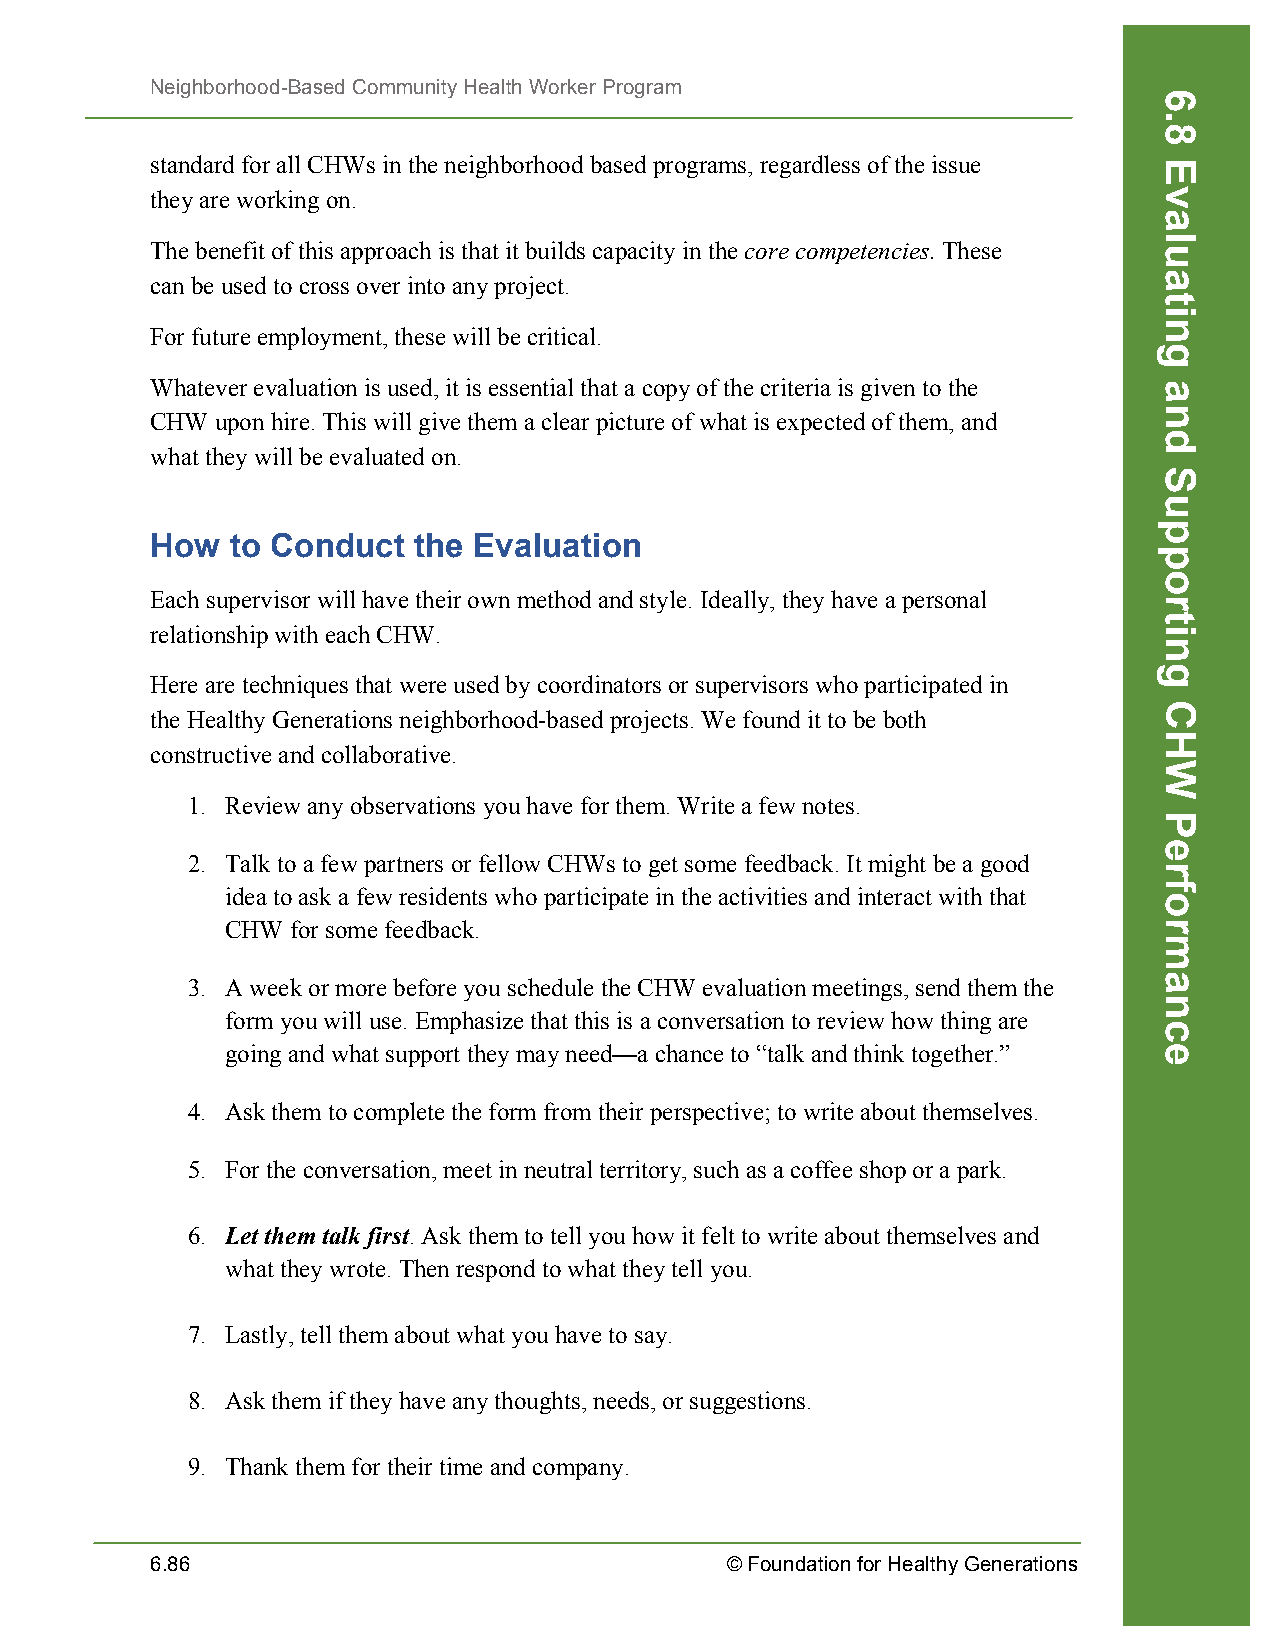
Neighborhood-Based Community Health Worker Program
 standard for all CHWs in the neighborhood based programs, regardless of the issue
 they are working on.
 The benefit of this approach is that it builds capacity in the core competencies. These
 can be used to cross over into any project.
 For future employment, these will be critical.
 Whatever evaluation is used, it is essential that a copy of the criteria is given to the
 CHW upon hire. This will give them a clear picture of what is expected of them, and
 what they will be evaluated on.
 How  to Conduct  the Evaluation
 Each supervisor will have their own method and style. Ideally, they have a personal
 relationship with each CHW.
 Here are techniques that were used by coordinators or supervisors who participated in
 the Healthy Generations neighborhood-based projects. We found it to be both
 constructive and collaborative.
 1. Review any observations you have for them. Write a few notes.
 2. Talk to a few partners or fellow CHWs to get some feedback. It might be a good
 idea to ask a few residents who participate in the activities and interact with that
 CHW for some feedback.
 3. A week or more before you schedule the CHW evaluation meetings, send them the
 form you will use. Emphasize that this is a conversation to review how thing are
 going and what support they may need—a chance to “talk and think together.”
 4. Ask them to complete the form from their perspective; to write about themselves.
 5. For the conversation, meet in neutral territory, such as a coffee shop or a park.
 6. Let them talk first. Ask them to tell you how it felt to write about themselves and
 what they wrote. Then respond to what they tell you.
 7. Lastly, tell them about what you have to say.
 8. Ask them if they have any thoughts, needs, or suggestions.
 9. Thank them for their time and company.
 6.86                                  © Foundation for Healthy Generations
 6.8
 Evaluating
 and
 Supporting
 CHW
 Performance